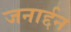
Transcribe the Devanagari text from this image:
जनार्द्दन